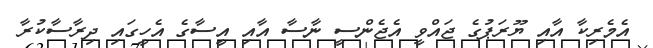
އެމެރިކާ އާއި ޔޫރަޕުގެ ޖައްވީ އެޖެންސީ ނާސާ އާއި އީސާގެ އެހީގައި ދިރާސާކުރާ